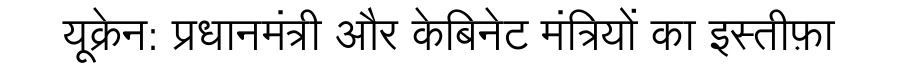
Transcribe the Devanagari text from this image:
यूक्रेन: प्रधानमंत्री और केबिनेट मंत्रियों का इस्तीफ़ा